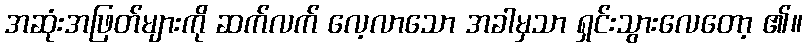
အဆုံးအဖြတ်များကို ဆက်လက် လေ့လာသော အခါမှသာ ရှင်းသွားလေတော့ ၏။